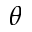
\theta